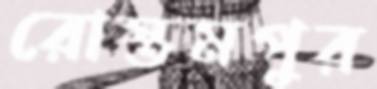
রোস্তমপুর